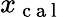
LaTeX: x_{\mathrm{~c~a~l~}}